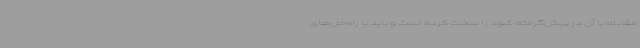
مقابله با آن در پیش‌گرفته شود را سخت کرده است و باید با راه‌حل‌های